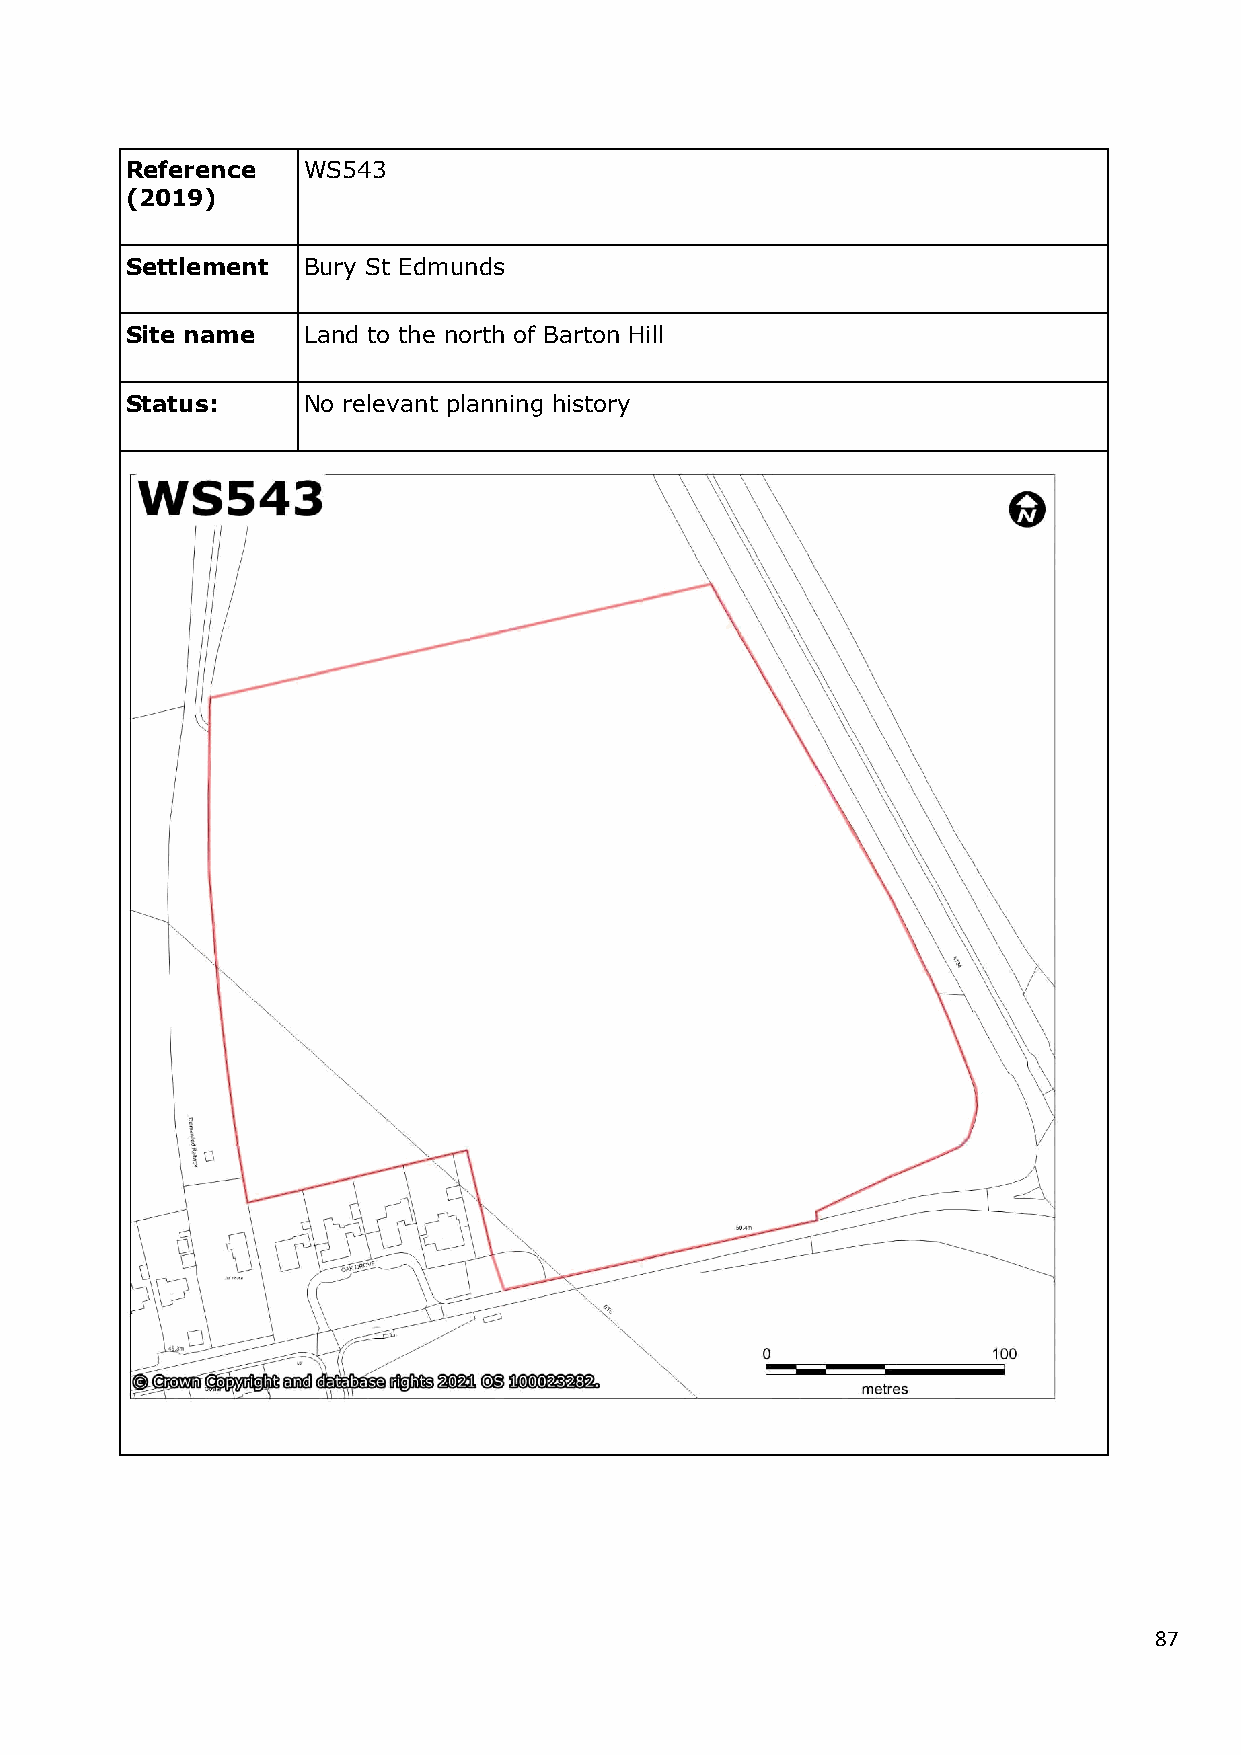
Reference   WS543
 (2019)
 Settlement  Bury St Edmunds
 Site name   Land to the north of Barton Hill
 Status:     No relevant planning history
 87